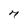
Character: 7